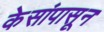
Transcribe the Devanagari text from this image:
केसांपासून